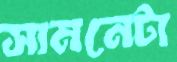
সামনেটা